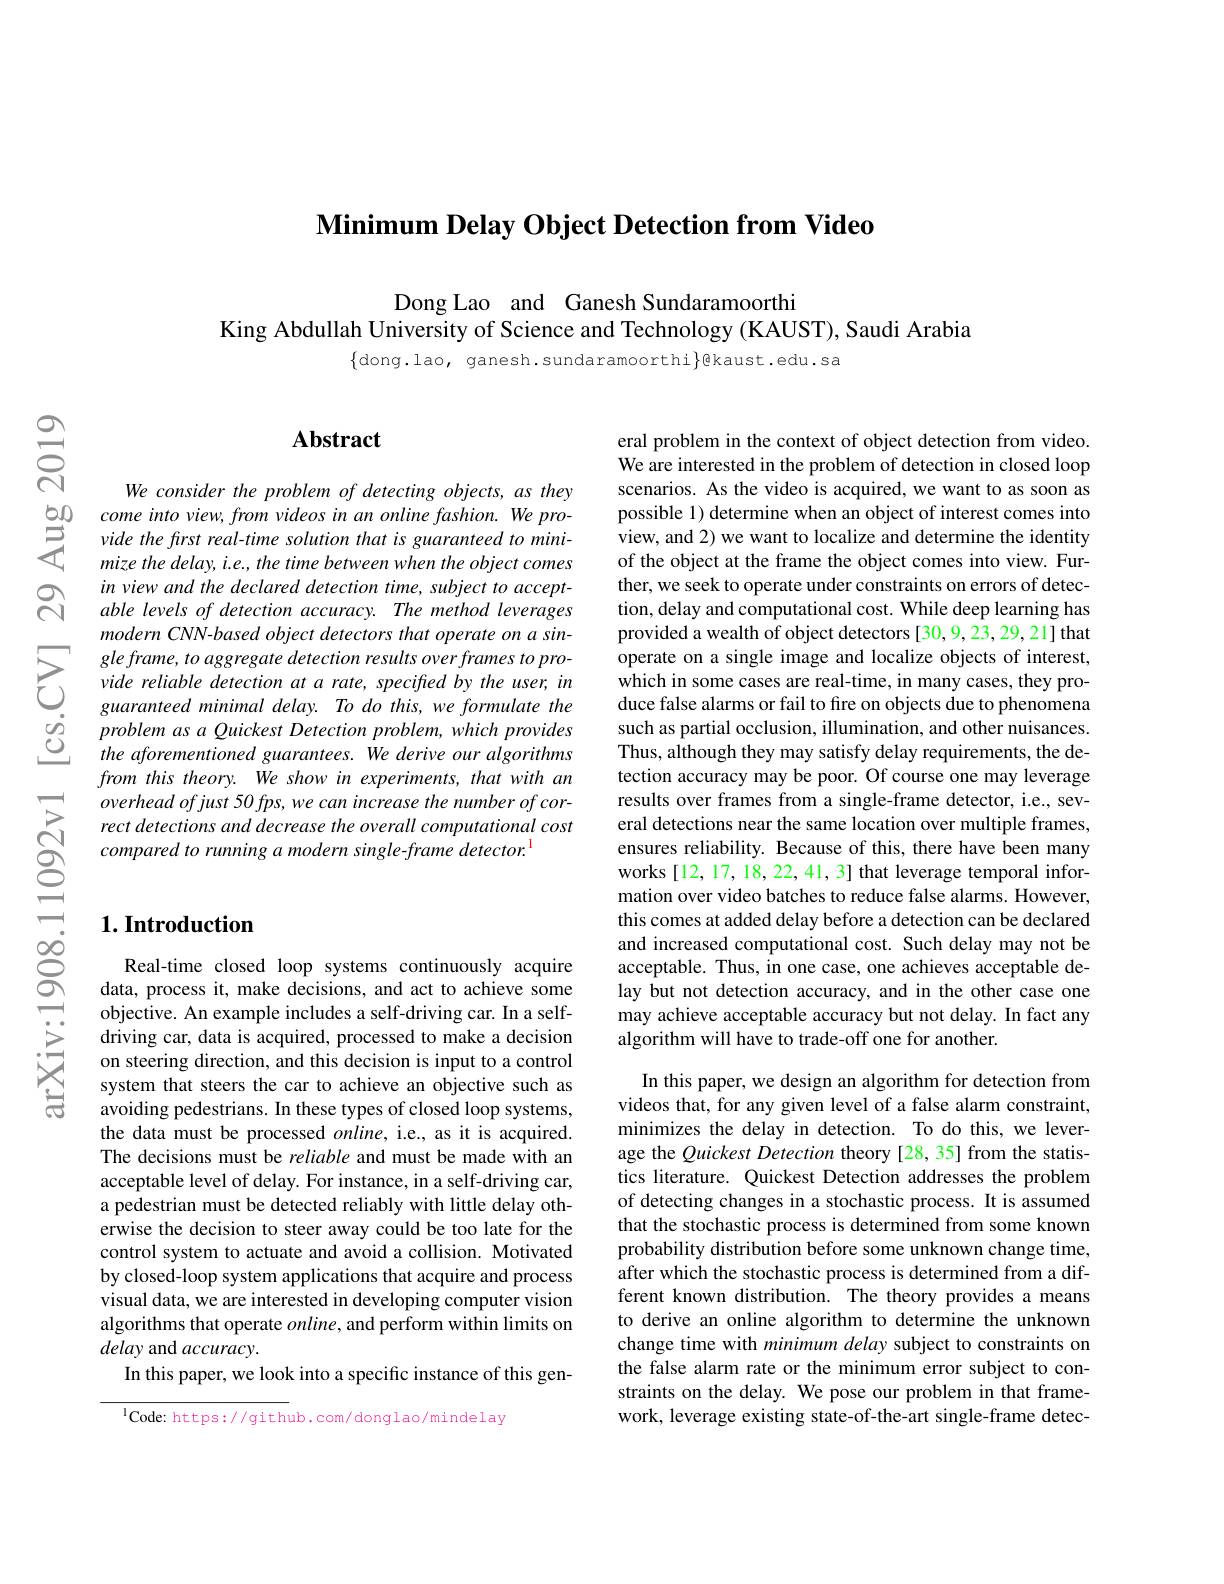
$\textbf{Minimum Delay Object Detection from Video}$

Dong Lao and Ganesh Sundaram
King Abdullah University of Science and Technology (KAUST), Saudi Arabia

$\{$dong.lao, ganesh.sundaram

$స్ని$

$ਨ੍ਰਿ$

## $\mathbf{Abstract}$

We consider the problem of detecting objects, as they
$\begin{array}{lll}{50}&{come\:into\:view,\:from\:videos\:in\:an\:online\:fashion.\:We\:pro-\\\text{与}}\: vide\:the\:first\:real-time\:solution\:that\:is\:guaranteed\:to\:mini-\\\text{S}&\: mize\:the\:delay,\:i.e,\:the\:time\:between\:when\:the\:object\:comes\end{array} \\$
in view and the declared detection time, subject to acceptable levels of detection acc modern CNN-based object dete
$\sum gleframe, toaggregate$ detec $\begin{array}{llll}&\text{guaranteed minimal delay.To do this, we formulate the}\\\dot{o}_{2}&\text{problem as a Quickest Detection problem, which provides}\\\underline{O}&\text{the aforementioned guarantees. We derive our algorithms}\end{array}$
from this theory. We show in experiments, that with an rect detections and decrease compared to running a modern

## $1. \textbf{Introduction}$

Real-time closed loop systems continuously acquire data, process it, make decis objective. An example includes a self-driving car. In a selfdriving car, data is acquire on steering direction, and this decision is input to a control system that steers the car t avoiding pedestrians. In these types of closed loop systems, the data must be processed $online$, i.e., as it is acquired. The decisions must be reliable and must be made with an acceptable level of delay. For instance, in a self-driving car, a pedestrian must be detected reliably with little delay otherwise the decision to steer away could be too late for the control system to actuate and avoid a collision. Motivated by closed-loop system applications that acquire and process visual data, we are interested in developing computer vision algorithms that operate $online$, and perform within limits on delay and accuracy.
In this paper, we look into a specific instance of this gen-

$^{\mathrm{l}}$Code: https://github.com/donglao/mindelay

eral problem in the context of object detection from video. We are interested in the problem of detection in closed loop scenarios. As the video is acquired, we want to as soon as possible 1) determine when an object of interest comes into view, and 2) we want to localize and determine the identity of the object at the frame the object comes into view. Further, we seek to operate under constraints on errors of detection, delay and computational cost. While deep learning has provided a wealth of object detectors [30,9,23,29,21] that operate on a single image and localize objects of interest, which in some cases are real-time, in many cases, they produce false alarms or fail to fre on objects due to phenomena such as partial occlusion, illumination, and other nuisances. Thus, although they may satisfy delay requirements, the detection accuracy may be poor. Of course one may leverage results over frames from a single-frame detector, i.e., several detections near the same location over multiple frames, ensures reliability. Because of this, there have been many works [12, 17, 18, 22, 41, 3] that leverage temporal information over video batches to reduce false alarms. However, this comes at added delay before a detection can be declared and increased computational acceptable. Thus, in one case, one achieves acceptable delay but not detection accura may achieve acceptable accuracy but not delay. In fact any algorithm will have to trade-off one for another.

In this paper, we design an videos that, for any given l minimizes the delay in detection. To do this, we leverage the Quickest Detection t tics literature. Quickest Detection addresses the problem of detecting changes in a st that the stochastic process is determined from some known probability distribution bef after which the stochastic process is determined from a different known distribution. T to derive an online algorithm to determine the unknown change time with minimum delay subject to constraints on the false alarm rate or the minimum error subject to constraints on the delay. We po work, leverage existing state-of-the-art single-frame detec-